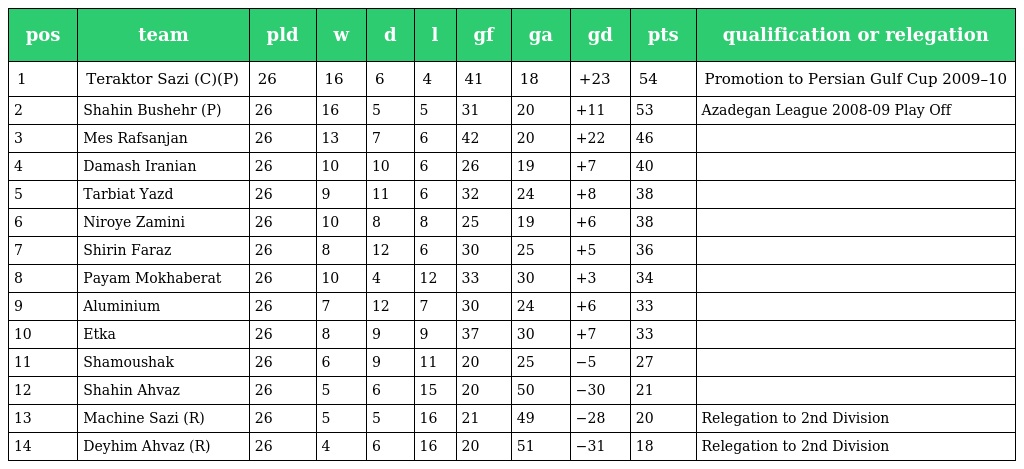
| pos | team | pld | w | d | l | gf | ga | gd | pts | qualification or relegation |
 | --- | --- | --- | --- | --- | --- | --- | --- | --- | --- | --- |
 | 1 | Teraktor Sazi (C)(P) | 26 | 16 | 6 | 4 | 41 | 18 | +23 | 54 | Promotion to Persian Gulf Cup 2009–10 |
 | 2 | Shahin Bushehr (P) | 26 | 16 | 5 | 5 | 31 | 20 | +11 | 53 | Azadegan League 2008-09 Play Off |
 | 3 | Mes Rafsanjan | 26 | 13 | 7 | 6 | 42 | 20 | +22 | 46 |  |
 | 4 | Damash Iranian | 26 | 10 | 10 | 6 | 26 | 19 | +7 | 40 |  |
 | 5 | Tarbiat Yazd | 26 | 9 | 11 | 6 | 32 | 24 | +8 | 38 |  |
 | 6 | Niroye Zamini | 26 | 10 | 8 | 8 | 25 | 19 | +6 | 38 |  |
 | 7 | Shirin Faraz | 26 | 8 | 12 | 6 | 30 | 25 | +5 | 36 |  |
 | 8 | Payam Mokhaberat | 26 | 10 | 4 | 12 | 33 | 30 | +3 | 34 |  |
 | 9 | Aluminium | 26 | 7 | 12 | 7 | 30 | 24 | +6 | 33 |  |
 | 10 | Etka | 26 | 8 | 9 | 9 | 37 | 30 | +7 | 33 |  |
 | 11 | Shamoushak | 26 | 6 | 9 | 11 | 20 | 25 | −5 | 27 |  |
 | 12 | Shahin Ahvaz | 26 | 5 | 6 | 15 | 20 | 50 | −30 | 21 |  |
 | 13 | Machine Sazi (R) | 26 | 5 | 5 | 16 | 21 | 49 | −28 | 20 | Relegation to 2nd Division |
 | 14 | Deyhim Ahvaz (R) | 26 | 4 | 6 | 16 | 20 | 51 | −31 | 18 | Relegation to 2nd Division |